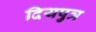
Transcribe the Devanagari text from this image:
दियपुत्र